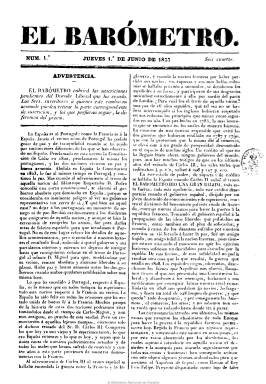
Título: El Barómetro (Madrid)
Colección: Revistas de información general
Ámbito geográfico: Madrid
Lugar de publicación: Madrid
Fechas: 01/06/1837-15/06/1837

Vespertino de brevísima duración, que aparece el uno de junio de 1837, comprometiéndose con las suscripciones pendientes del también diario El duende liberal que, tras haber estado un año publicándose, cesa con su último número del 29 de mayo, por lo que se considera su continuador. Este nuevo periódico, que aparece todos los días, excepto domingos, editará a su vez su último número el 15 del mismo mes y año, recibiendo a partir de entonces sus suscriptores el diario El mundo (1836-1839), cuyo principal redactor había sido Mariano José de Larra antes de su suicidio ese mismo año.

Todos ellos son de carácter liberal en un período en el que de nuevo se suprimirá la censura previa y se consagrará la libertad de imprenta, se producen nuevas asonadas militares y los progresistas renuncian a sus máximas doceañistas para pactar con los moderados la Constitución de 1837, un texto que inaugurará el sistema parlamentario español en la monarquía de la Reina Gobernadora.

El barómetro estructura sus contenidos en las siguientes secciones: artículos de política nacional e internacional; noticias extranjeras y noticias nacionales (con epígrafes con el nombre de las localidades); artículos de oficio (legislación y normativa gubernamental); Cortes (extractos de sesiones); variedades (romances, etc.) y Bolsa de Madrid. Como editor aparece Paulino Sánchez y Fernández y, compuesto a dos columnas, sale de la imprenta de Tomás Jordán, que será también la de El mundo.